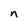
Character: n